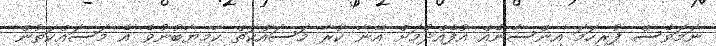
ނަމަވެސް ފުރިހަމަ އިންސާނެއް އުފެއްދުމަށް އޭނާ ކުރާ މަސައްކަތް ކާމިޔާބުނުވެ އެ މަސައްކަތުން